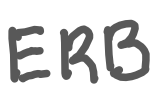
Text: ERB
Cross-out: clean
Writing tool: digital_gray